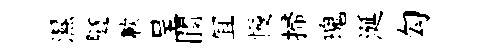
濕隧歉呈閬冝幔掃瑰涎勾